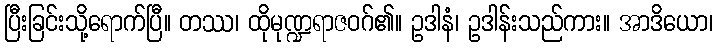
ပြီးခြင်းသို့ရောက်ပြီ။ တဿ၊ ထိုမုဏ္ဍရာဇဝဂ်၏။ ဥဒါနံ၊ ဥဒါန်းသည်ကား။ အာဒိယော၊